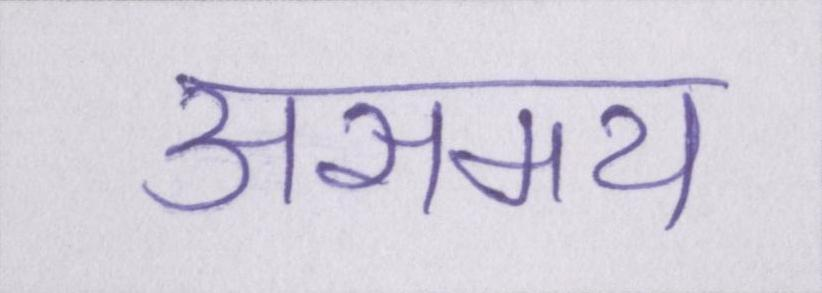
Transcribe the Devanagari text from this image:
असमय